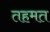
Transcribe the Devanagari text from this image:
तहमत